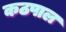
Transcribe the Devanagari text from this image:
कठपाल